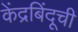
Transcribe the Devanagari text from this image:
केंद्रबिंदूची